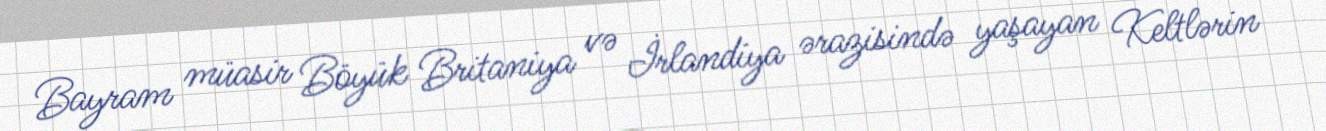
Bayram müasir Böyük Britaniya və İrlandiya ərazisində yaşayan Keltlərin